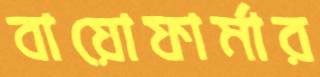
বায়োফার্মার